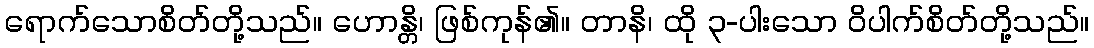
ရောက်သောစိတ်တို့သည်။ ဟောန္တိ၊ ဖြစ်ကုန်၏။ တာနိ၊ ထို ၃-ပါးသော ဝိပါက်စိတ်တို့သည်။